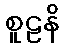
စူဠနိ